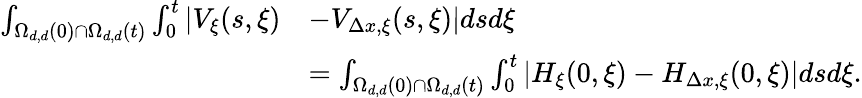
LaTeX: \begin{array}{rl}{\int_{\Omega_{d,d}(0)\cap\Omega_{d,d}(t)}\int_{0}^{t}|V_{\xi}(s,\xi)}&{-V_{\Delta x,\xi}(s,\xi)|dsd\xi}\\ &{=\int_{\Omega_{d,d}(0)\cap\Omega_{d,d}(t)}\int_{0}^{t}\left|H_{\xi}(0,\xi)-H_{\Delta x,\xi}(0,\xi)\right|dsd\xi.}\end{array}